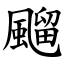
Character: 飀